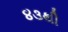
૪૩થી